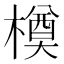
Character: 橂